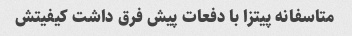
متاسفانه پیتزا با دفعات پیش فرق داشت کیفیتش